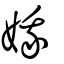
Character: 娥